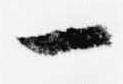
一